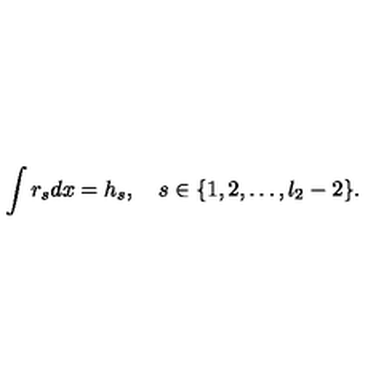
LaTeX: \int r _ { s } d x = h _ { s } , \quad s \in \{ 1 , 2 , \ldots , l _ { 2 } - 2 \} .